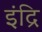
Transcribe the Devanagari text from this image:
इंद्रि